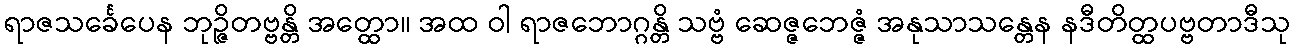
ရာဇသင်္ခေပေန ဘုဉ္ဇိတဗ္ဗန္တိ အတ္ထော။ အထ ဝါ ရာဇဘောဂ္ဂန္တိ သဗ္ဗံ ဆေဇ္ဇဘေဇ္ဇံ အနုသာသန္တေန နဒီတိတ္ထပဗ္ဗတာဒီသု